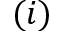
( i )